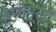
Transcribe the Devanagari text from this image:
कृष्णसनेही